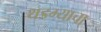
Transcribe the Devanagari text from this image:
थडग्याचा